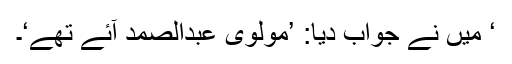
‘ میں نے جواب دیا: ’مولوی عبدالصمد آئے تھے‘۔